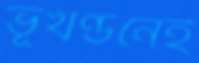
ভূখণ্ডনেই